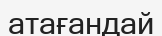
атағандай